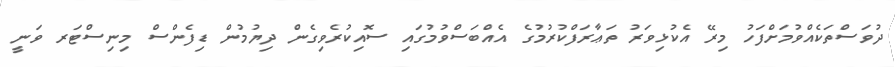
ދުވަސްތަކެއްވުމަށްފަހު މިރޭ އެކުޅިވަރު ތަޢާރަފްކުރުމުގެ އެއްބަސްވުމުގައި ސޮއިކުރެވިގެން ދިޔުމުން ޑިފެންސް މިނިސްޓަރ ވަނީ